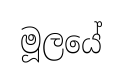
මූලයේ